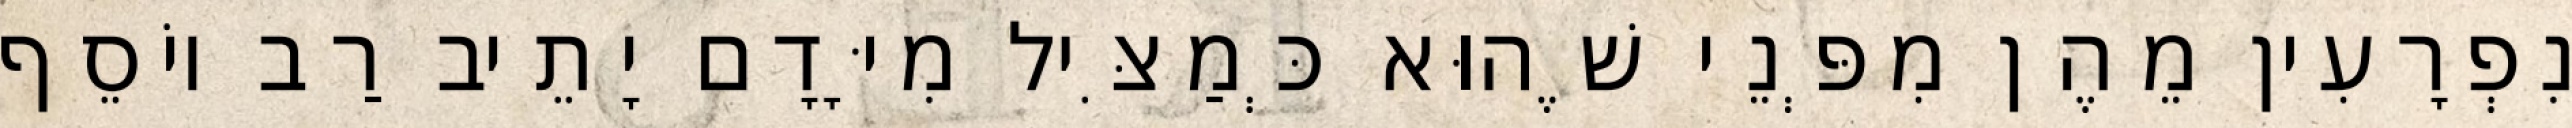
נִפְרָעִין מֵהֶן מִפְּנֵי שֶׁהוּא כְּמַצִּיל מִיָּדָם יָתֵיב רַב יוֹסֵף